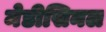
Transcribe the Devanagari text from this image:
मेडीसिनल